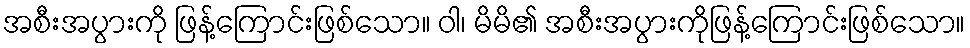
အစီးအပွားကို ဖြန့်ကြောင်းဖြစ်သော။ ဝါ၊ မိမိ၏ အစီးအပွားကိုဖြန့်ကြောင်းဖြစ်သော။